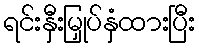
ရင်းနှီးမြှုပ်နှံထားပြီး